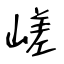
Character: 嵯